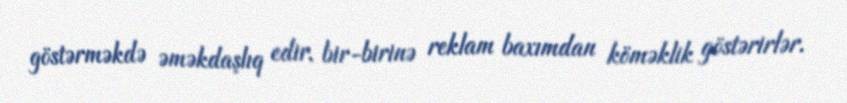
göstərməkdə əməkdaşlıq edir, bir-birinə reklam baxımdan köməklik göstərirlər.